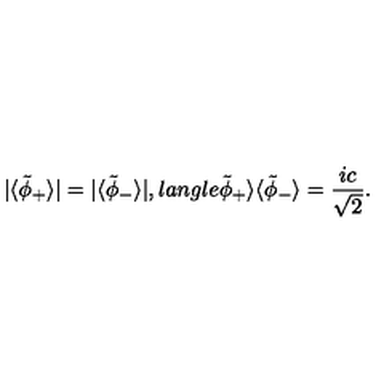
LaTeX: | \langle \tilde { \phi } _ { + } \rangle | = | \langle \tilde { \phi } _ { - } \rangle | , l a n g l e \tilde { \phi } _ { + } \rangle \langle \tilde { \phi } _ { - } \rangle = { \frac { i c } { \sqrt 2 } } .